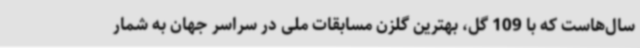
سال‌هاست که با 109 گل، بهترین گلزن مسابقات ملی در سراسر جهان به شمار